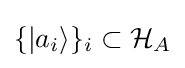
\{|a_{i}\rangle \}_{i}\subset {\mathcal {H}}_{A}